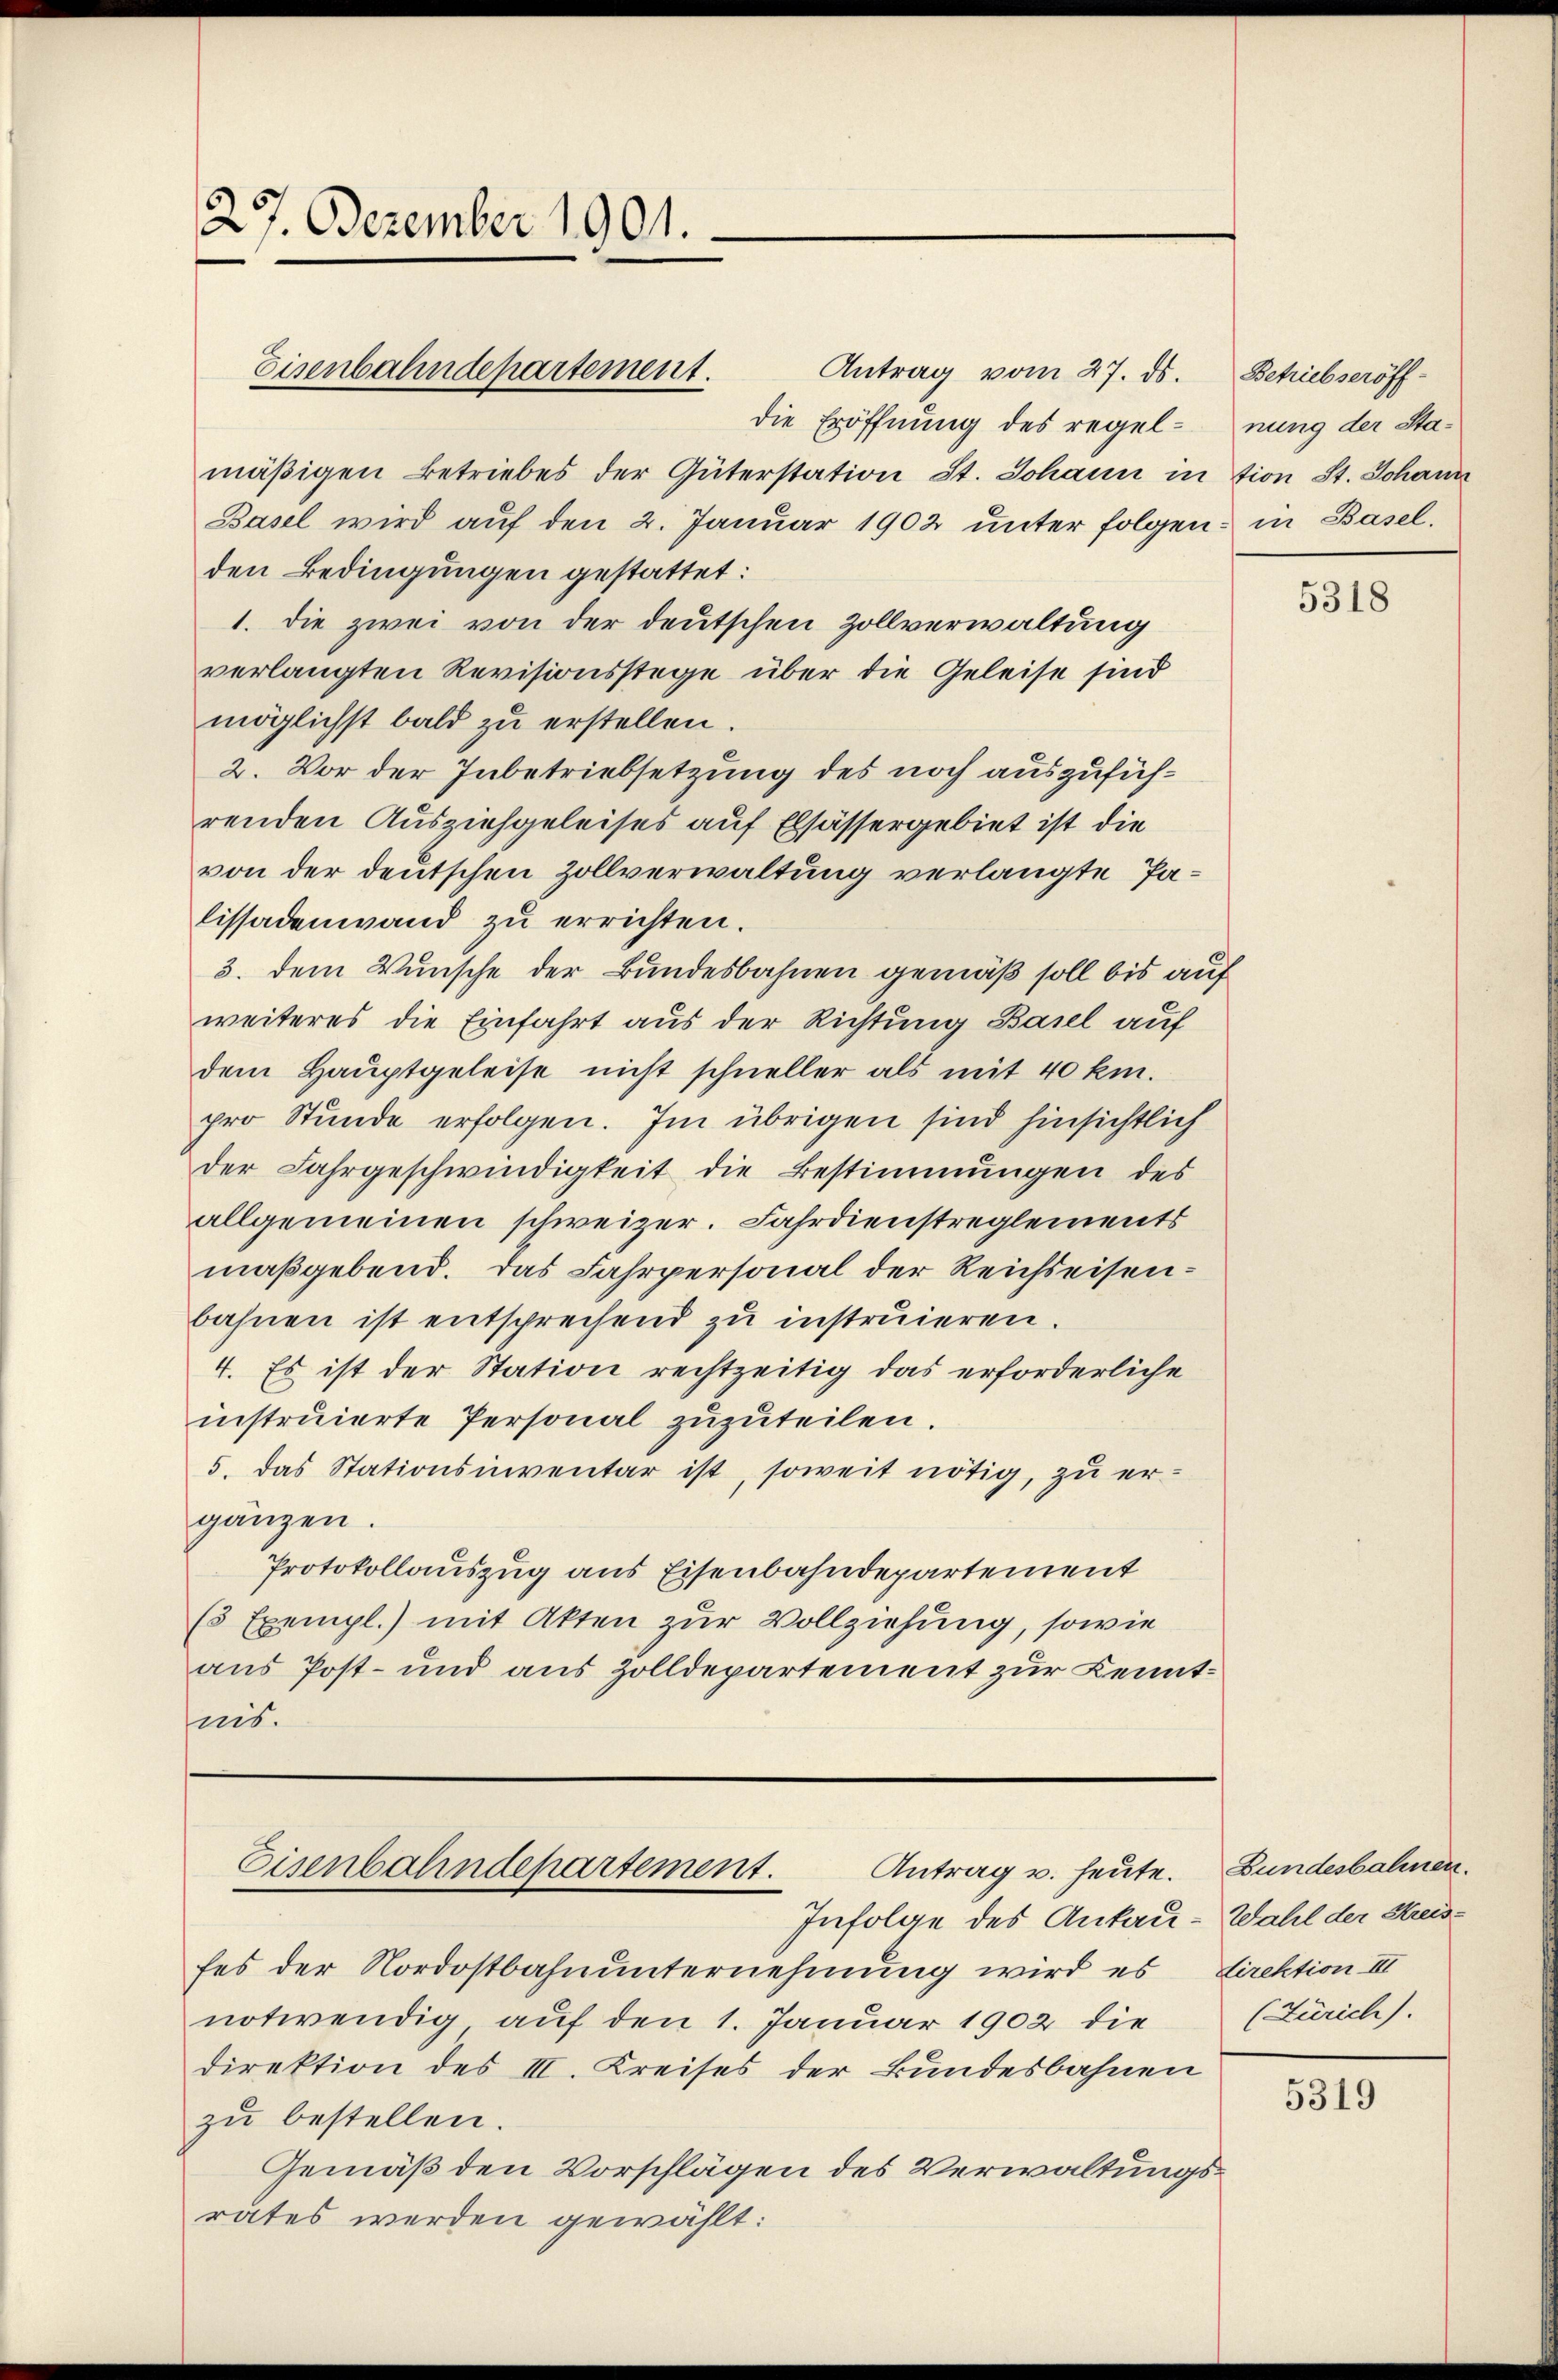
27. Dezember 1901.

mäβigen Betriebes der Güterstation St. Johann in tion St. Johann
Basel wird aŭf den 2. Januar 1902 unter folgen: in Basel.
den Bedingungen gestattet:
1. die zwei von der deutschen Zollverwaltung
verlangten Revisionsstege über die Geleise sind
möglichst bald zu erstellen.
2. Vor der Inbetriebsetzung des noch auszuführenden Ausziehgeleises auf Elsässergebiet ist die
von der deutschen Zollverwaltung verlangte Palissadenwand zu errichten.
3. dem Wunsche der Bundesbahnen gemäß soll bis auf
weiteres die Einfahrt aus der Richtung Basel auf
dem Hauptgeleise nicht schneller als mit 40 km.
pro Stunde erfolgen. Im übrigen sind hinsichtlich
der Fahrgeschwindigkeit die Bestimmungen des
allgemeinen schweizer. Fahrdienstreglements
maßgebend. Das Fahrpersonal der Reichseisenbahnen ist entsprechend zu instruieren.
4. Es ist der Station rechtzeitig das erforderliche
instruierte Personal zuzuteilen.
5. das Stationsinventar ist, soweit nötig, zu ergänzen.
Protokollauszug aus Eisenbahndepartement
(5 Exempl.) mit Akten zur Vollziehung, sowie
aus Post- und aus Zolldepartement zur Kenntnis.

Eisenbahndepartement.

Antrag u. heute. Bundesbahnen.
Eisenbahndepartement.
Infolge des Ankau-Wahl der Kreis¬

fes der Nordostbahnunternehmung wird es direktion III
notwendig auf den 1. Januar 1902 die
direktion des III. Kreises der Bundesbahnen
zu bestellen.
Gemäß den Vorschlägen des Verwaltungsrates werden gewählt:

Antrag vom 27. ds. Betriebseröff-
die Eröffnung des regel-nung der Sta¬

5318

(Zürich).

5319